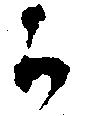
か